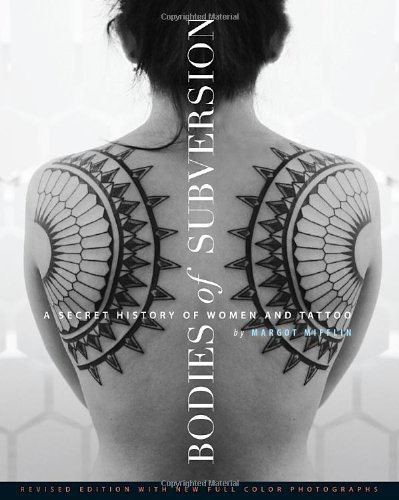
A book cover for Bodies of Subversion: A Secret History of Women and Tattoo, 3rd Edition; Margot Mifflin; Arts & Photography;